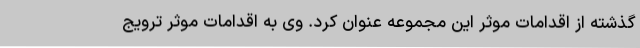
گذشته از اقدامات موثر این مجموعه عنوان کرد. وی به اقدامات موثر ترویج